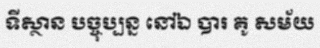
ទីស្ថាន បច្ចុប្បន្ន នៅឯ បារ គូ សម័យ